Lunatic asylums Central Provinces reports 1874-1885 - 1874-1885
Year: 1874
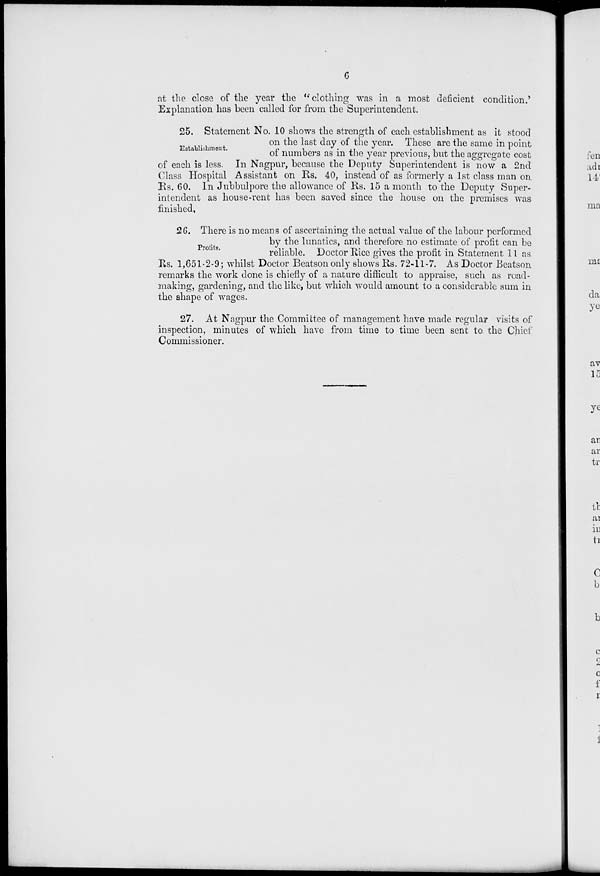
6
at the close of the year the " clothing was in a most deficient condition.'
Explanation has been called for from the Superintendent.
Establishment.
25. Statement No. 10 shows the strength of each establishment as it stood
on the last day of the year. These are the same in point
of numbers as in the year previous, but the aggregate cost
of each is less. In Nagpur, because the Deputy Superintendent is now a 2nd
Class Hospital Assistant on Rs. 40, instead of as formerly a 1st class man on
Rs. 60. In Jubbulpore the allowance of Rs. 15 a month to the Deputy Super-
intendent as house-rent has been saved since the house on the premises was
finished.
Profits.
26. There is no means of ascertaining the actual value of the labour performed
by the lunatics, and therefore no estimate of profit can be
reliable. Doctor Rice gives the profit in Statement 11 as
Rs. 1,651-2-9 ; whilst Doctor Beatson only shows Rs. 72-11-7. As Doctor Beatson
remarks the work done is chiefly of a nature difficult to appraise, such as road-
making, gardening, and the like, but which would amount to a considerable sum in
the shape of wages.
27. At Nagpur the Committee of management have made regular visits of
inspection, minutes of which have from time to time been sent to the Chief
Commissioner.